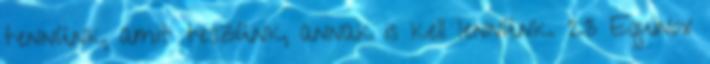
tennünk, amit teszünk, annak is kell lennünk. 23 Equinox